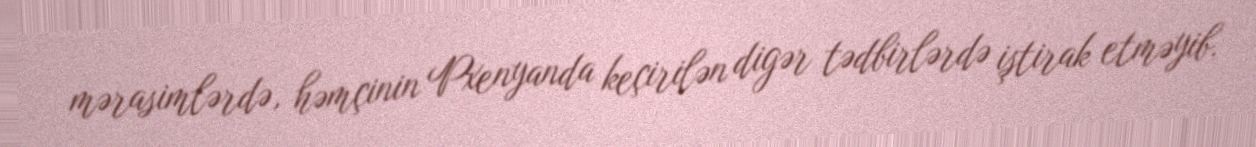
mərasimlərdə, həmçinin Pxenyanda keçirilən digər tədbirlərdə iştirak etməyib.